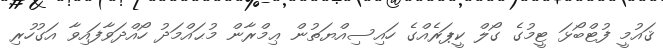
ޤައުމީ ފުޓްބޯޅަ ޓީމުގެ ގޯލް ކީޕަރެއްގެ ހައިސިއްޔަތުން ޢިމްރާން މުޙައްމަދު ހޯއްދަވާފައިވާ އަގުހުރި